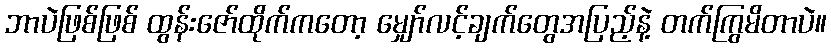
ဘာပဲဖြစ်ဖြစ် ထွန်းဇော်ထိုက်ကတော့ မျှော်လင့်ချက်တွေအပြည့်နဲ့ တက်ကြွမိတာပဲ။